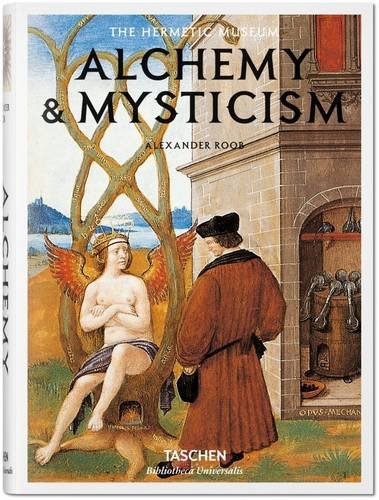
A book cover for Alchemy & Mysticism; Alexander Roob; Religion & Spirituality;